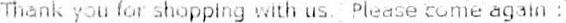
THANK YOU FOR SHOPPING WITH US. PLEASE COME AGAIN :